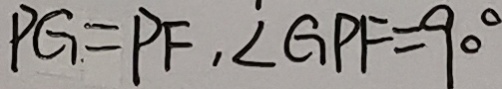
P G = P F , \angle G P F = 9 0 ^ { \circ }